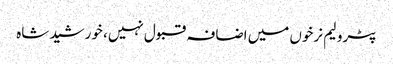
پٹرولیم نرخوں میں اضافہ قبول نہیں، خورشید شاہ